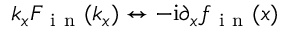
{ k } _ { x } F _ { \mathrm { ~ i ~ n ~ } } ( { k } _ { x } ) \leftrightarrow - { \mathrm { i } } \partial _ { x } f _ { \mathrm { ~ i ~ n ~ } } ( x )